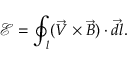
\mathcal E = \oint _ { l } ( \vec { V } \times \vec { B } ) \cdot \vec { d l } .